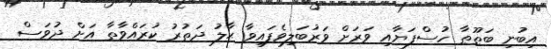
އިބުނި ބަޠޫޠާ ހުސްފަޔާއި ވަރަށް ވަރުބަލިވެފައިވާ ޙާލު ދަތުރު ކުރައްވާތާ އަށް ދުވަސް